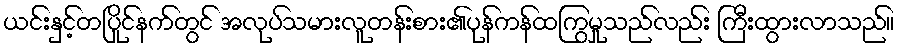
ယင်းနှင့်တပြိုင်နက်တွင် အလုပ်သမားလူတန်းစား၏ပုန်ကန်ထကြွမှုသည်လည်း ကြီးထွားလာသည်။